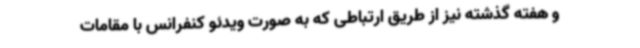
و هفته گذشته نیز از طریق ارتباطی که به صورت ویدئو کنفرانس با مقامات